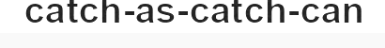
catch-as-catch-can